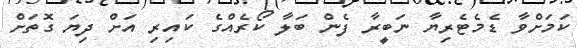
ކަމަށްވާ ޑެމެޓެރިޔާ ނަބީރާ ފެން ބަލާ ކޯރެއްގެ ކައިރި އަށް ދިޔަ ގޮތަށް